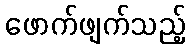
ဖောက်ဖျက်သည့်